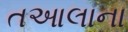
તઆલાના